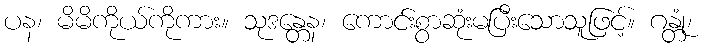
ပန၊ မိမိကိုယ်ကိုကား။ သုဒန္တေန၊ ကောင်းစွာဆုံးမပြီးသောသူဖြင့်။ ဂန္တုံ၊